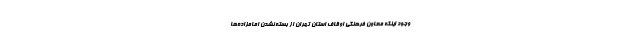
وجود اینکه معاون فرهنگی اوقاف استان تهران از بسته نشدن امامزاده‌ها